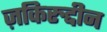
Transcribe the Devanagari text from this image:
ज़किरुद्दीन